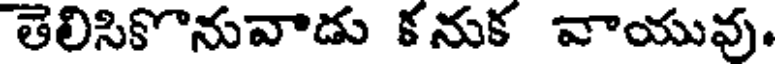
తెలిసికొనువాడు కనుక వాయువు.